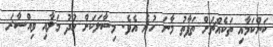
ކަންކަމާއި ތަކެއްޗަށް ތަފާތު މާނަ ހުރެ އެވެ. މިސާލަކަށް ހުދު މަލާއި ވިއްސާރަ